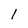
Character: l